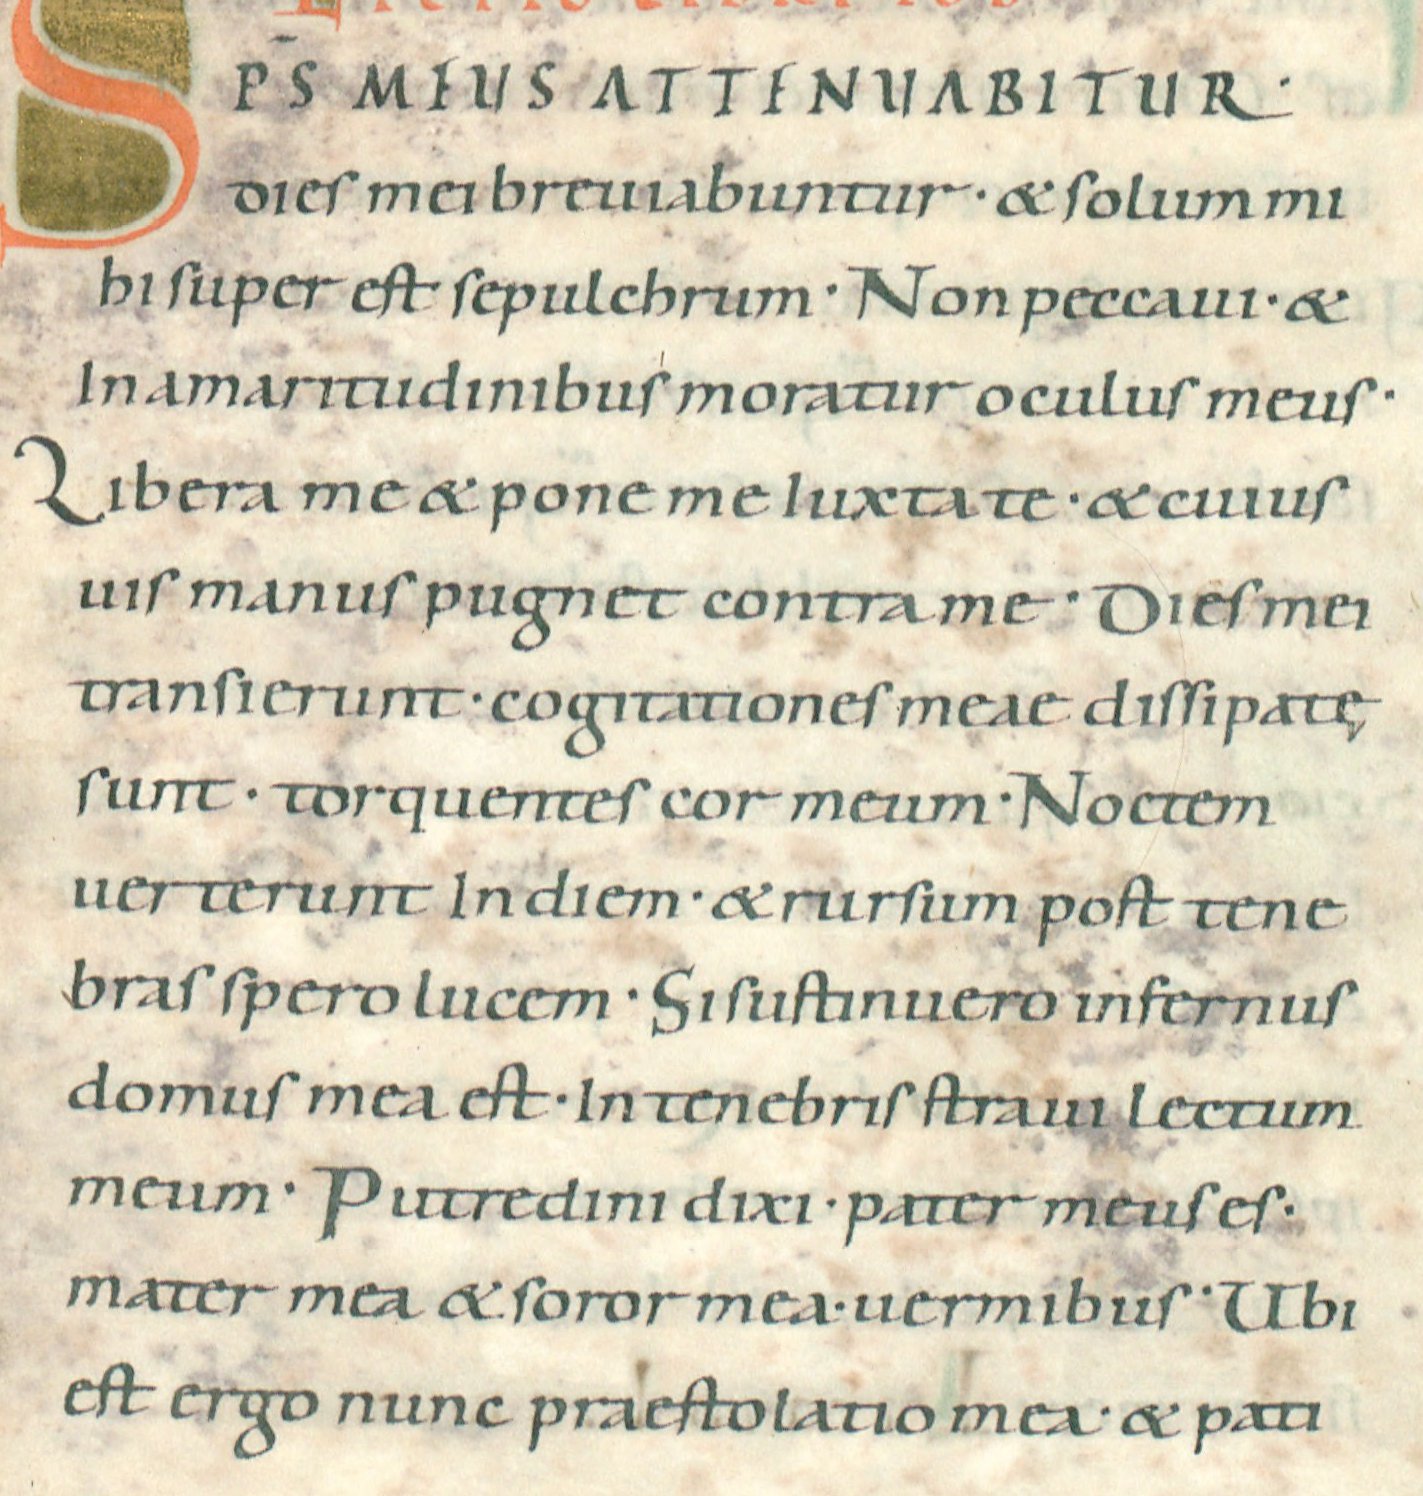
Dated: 1022–1036